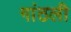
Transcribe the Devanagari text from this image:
गांठली